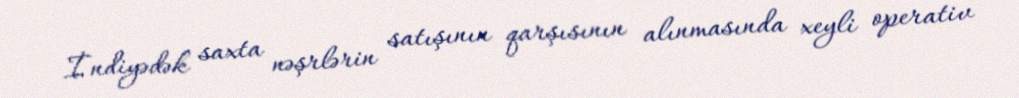
İndiyədək saxta nəşrlərin satışının qarşısının alınmasında xeyli operativ